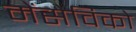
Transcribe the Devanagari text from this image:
मेंसेविको